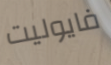
فايوليت